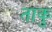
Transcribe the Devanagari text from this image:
ताकु